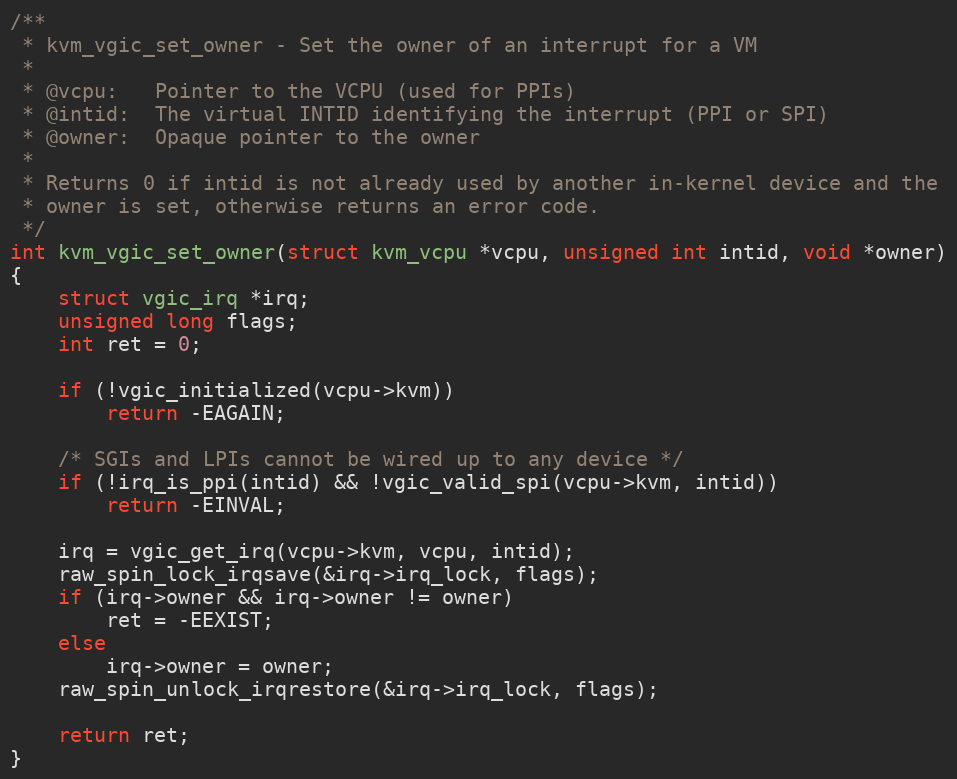
Language: C
/**
 * kvm_vgic_set_owner - Set the owner of an interrupt for a VM
 *
 * @vcpu:   Pointer to the VCPU (used for PPIs)
 * @intid:  The virtual INTID identifying the interrupt (PPI or SPI)
 * @owner:  Opaque pointer to the owner
 *
 * Returns 0 if intid is not already used by another in-kernel device and the
 * owner is set, otherwise returns an error code.
 */
int kvm_vgic_set_owner(struct kvm_vcpu *vcpu, unsigned int intid, void *owner)
{
	struct vgic_irq *irq;
	unsigned long flags;
	int ret = 0;

	if (!vgic_initialized(vcpu->kvm))
		return -EAGAIN;

	/* SGIs and LPIs cannot be wired up to any device */
	if (!irq_is_ppi(intid) && !vgic_valid_spi(vcpu->kvm, intid))
		return -EINVAL;

	irq = vgic_get_irq(vcpu->kvm, vcpu, intid);
	raw_spin_lock_irqsave(&irq->irq_lock, flags);
	if (irq->owner && irq->owner != owner)
		ret = -EEXIST;
	else
		irq->owner = owner;
	raw_spin_unlock_irqrestore(&irq->irq_lock, flags);

	return ret;
}